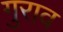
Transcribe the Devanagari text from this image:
गुराव